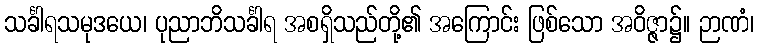
သင်္ခါရသမုဒယေ၊ ပုညာဘိသင်္ခါရ အစရှိသည်တို့၏ အကြောင်း ဖြစ်သော အဝိဇ္ဇာ၌။ ဉာဏံ၊